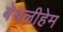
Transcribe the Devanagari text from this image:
बेथलीहेम